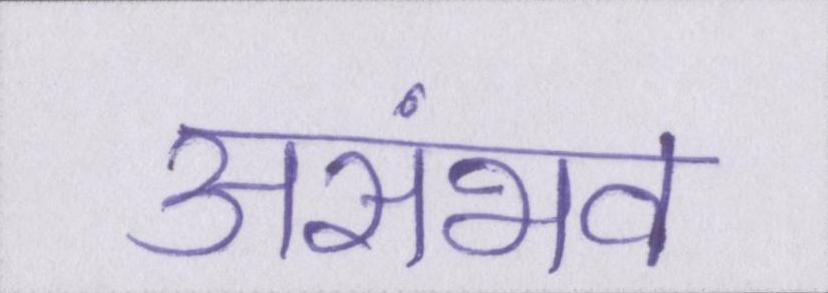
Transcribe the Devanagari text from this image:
असंभव